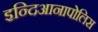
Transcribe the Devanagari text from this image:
इन्दिआनापोलिस